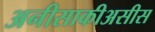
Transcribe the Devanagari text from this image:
अनीसाकीअसीस